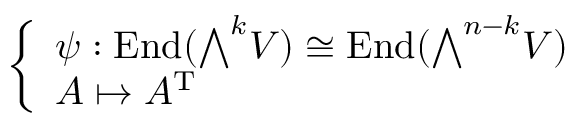
\left\{ \begin{array} { l l } { \psi : \operatorname { E n d } ( { \textstyle \bigwedge } ^ { k } V ) \cong \operatorname { E n d } ( { \textstyle \bigwedge } ^ { n - k } V ) } \\ { A \mapsto A ^ { \mathrm { T } } } \end{array} \right.